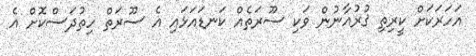
އަހަރަކަށް ކީރިތި ޤުރުއާނުން ވަކި ސޫރަތެއް ކަނޑައަޅައި އެ ސޫރަތް ހިތުދަސްކޮށް އެ